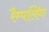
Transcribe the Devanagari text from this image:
रैम्पलिंग